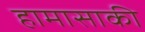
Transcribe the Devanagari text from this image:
हामासाकी